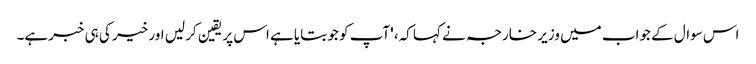
اس سوال کے جواب میں وزیر خارجہ نے کہا کہ، 'آپ کو جو بتایا ہے اس پر یقین کر لیں اور خیر کی ہی خبرہے۔